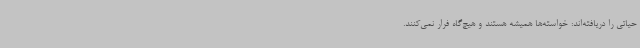
حیاتی را دریافته‌اند: خواسته‌ها همیشه هستند و هیچ‌گاه فرار نمی‌کنند.